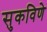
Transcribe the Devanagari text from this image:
सुकविणे